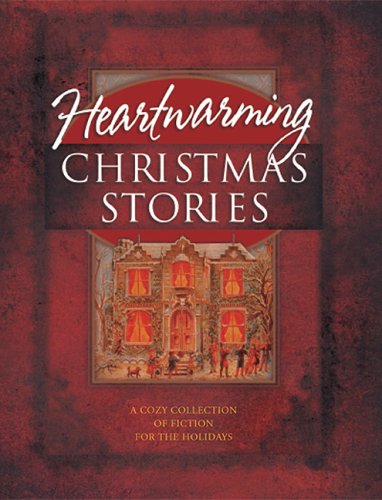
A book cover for Heartwarming Christmas Stories: Christmas Express/A Cardinal/Broken Pieces/Poinsettia/Mary/Crossroads/Angels on High/Strike/Sweet Christmas/Christmas E-Mail/Grace/Edgar's Gift (Christmas Anthology); Sigmund Brouwer; Christian Books & Bibles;